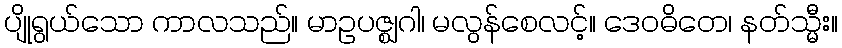
ပျိုရွယ်သော ကာလသည်။ မာဥပဇ္ဈဂါ၊ မလွန်စေလင့်။ ဒေဝဓိတေ၊ နတ်သ္မီး။